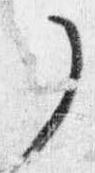
了